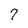
Character: 7